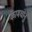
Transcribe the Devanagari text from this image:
कामधोनु